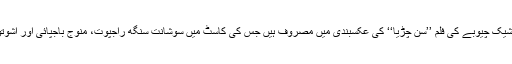
ادکارہ ان دنوں ابھیشیک چیوبے کی فلم ’’سن چڑیا‘‘ کی عکسبندی میں مصروف ہیں جس کی کاسٹ میں سوشانت سنگھ راجپوت، منوج باجپائی اور آشوتوش رانا شامل ہیں۔